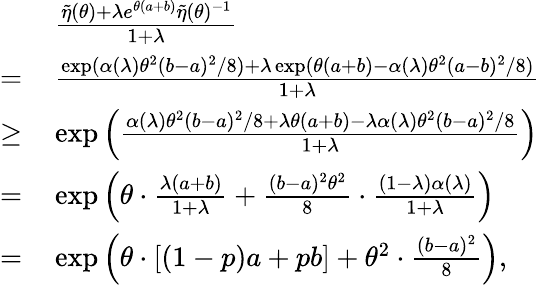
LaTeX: \begin{array}{rl}&{\frac{\tilde{\eta}(\theta)+\lambda e^{\theta(a+b)}\tilde{\eta}(\theta)^{-1}}{1+\lambda}}\\ {=\, }&{\frac{\exp(\alpha(\lambda)\theta^{2}(b-a)^{2}/8)+\lambda\exp(\theta(a+b)-\alpha(\lambda)\theta^{2}(a-b)^{2}/8)}{1+\lambda}}\\ {\geq\, }&{\exp\left(\frac{\alpha(\lambda)\theta^{2}(b-a)^{2}/8+\lambda\theta(a+b)-\lambda\alpha(\lambda)\theta^{2}(b-a)^{2}/8}{1+\lambda}\right)}\\ {=\, }&{\exp\left(\theta\cdot\frac{\lambda(a+b)}{1+\lambda}+\frac{(b-a)^{2}\theta^{2}}{8}\cdot\frac{(1-\lambda)\alpha(\lambda)}{1+\lambda}\right)}\\ {=\, }&{\exp\left(\theta\cdot[(1-p)a+pb]+\theta^{2}\cdot\frac{(b-a)^{2}}{8}\right),}\end{array}